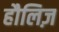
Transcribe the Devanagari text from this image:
हौलिज़